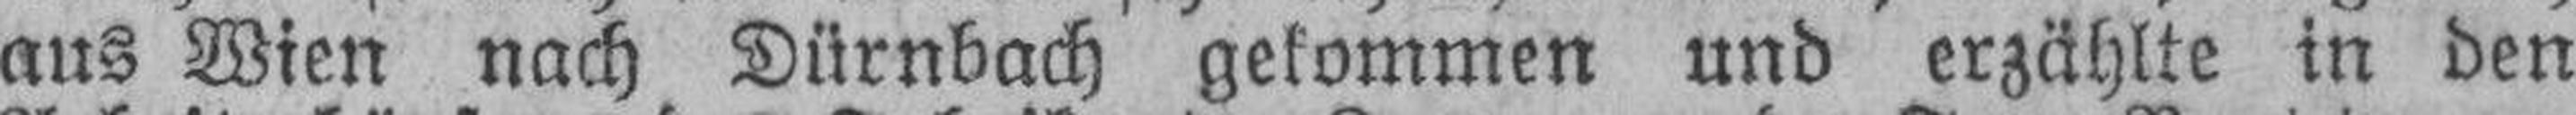
aus Wien nach Dürnbach gekommen und erzählte in den